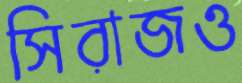
সিরাজও